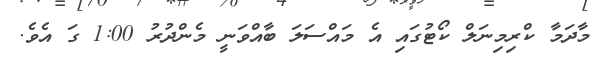
މާދަމާ ކްރިމިނަލް ކޯޓުގައި އެ މައްސަލަ ބާއްވަނީ މެންދުރު 1:00 ގަ އެވެ.